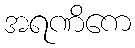
အရဏိကေ